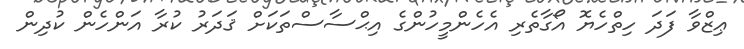
ޢިޒްވާ ފަދަ ހިތްހެޔޮ އޯގާތެރި އެހެންމީހުންގެ އިޙްސާސްތަކަށް ޤަދަރު ކުރާ އަންހެން ކުދިން